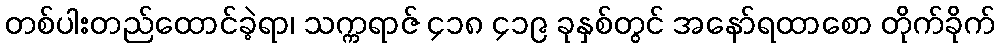
တစ်ပါးတည်ထောင်ခဲ့ရာ၊ သက္ကရာဇ် ၄၁၈ ၄၁၉ ခုနှစ်တွင် အနော်ရထာစော တိုက်ခိုက်